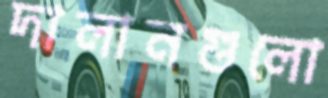
দালানগুলো